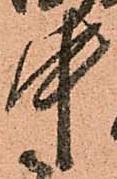
中